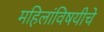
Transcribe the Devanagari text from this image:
महिलांविषयीचे